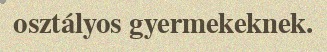
osztályos gyermekeknek.